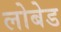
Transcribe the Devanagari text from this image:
लोबेड